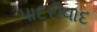
પાદરીવાદ